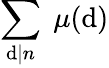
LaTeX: \sum_{\mathrm{d}|n}\; \mu(\mathrm{d})